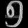
Digit: ၅